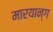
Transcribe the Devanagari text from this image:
मारयान्ग